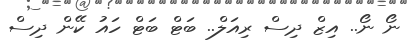
ނޯ ނޯ.. އިޒް ދިސް ރިއަލް.. ބަޓް ބަޓް ހައު ކޭން ދިސް